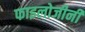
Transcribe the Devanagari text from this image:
फाइलोजीनी